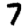
Digit: 7